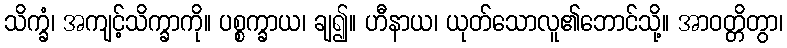
သိက္ခံ၊ အကျင့်သိက္ခာကို။ ပစ္စက္ခာယ၊ ချ၍။ ဟီနာယ၊ ယုတ်သောလူ၏ဘောင်သို့။ အာဝတ္တိတွာ၊